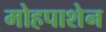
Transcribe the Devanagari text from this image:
मोहपाशेन